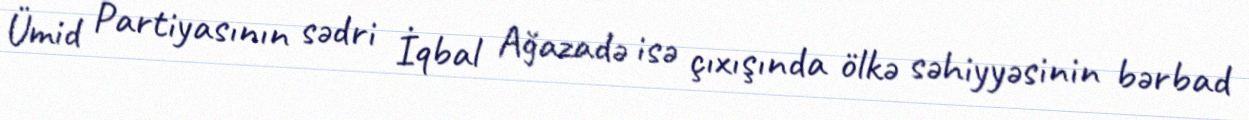
Ümid Partiyasının sədri İqbal Ağazadə isə çıxışında ölkə səhiyyəsinin bərbad